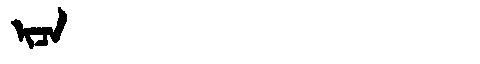
Manchu: ᡳᠴᠠ
Romanization: ICA